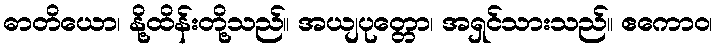
ဓာတိယော၊ နို့ထိန်းတို့သည်။ အယျပုတ္တော၊ အရှင်သားသည်။ ဧကောဝ၊